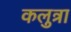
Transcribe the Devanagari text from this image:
कलुत्रा